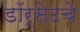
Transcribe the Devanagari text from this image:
डॉर्सेटचे